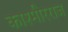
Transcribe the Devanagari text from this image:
काश्मीरराज